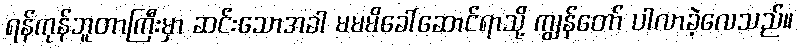
ရန်ကုန်ဘူတာကြီးမှာ ဆင်းသောအခါ မမမိခေါ်ဆောင်ရာသို့ ကျွန်တော် ပါလာခဲ့လေသည်။